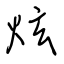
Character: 炫